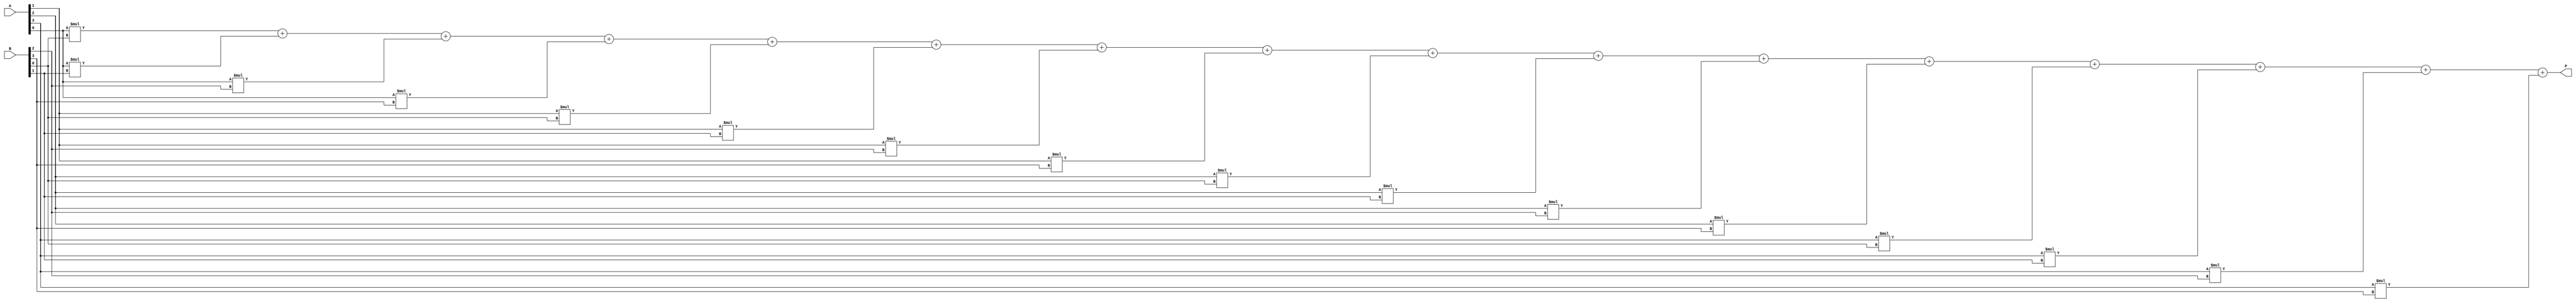
module ArrayMultiplier (
    input wire [7:0] A,
    input wire [7:0] B,
    output reg [15:0] P
);

reg [7:0] multiply_values [3:0][3:0];

integer i, j;

always @(*) begin
    for (i = 0; i < 4; i = i + 1) begin
        for (j = 0; j < 4; j = j + 1) begin
            multiply_values[i][j] = A[i] * B[j];
        end
    end
end

assign P = multiply_values[0][0] + multiply_values[0][1] + multiply_values[0][2] + multiply_values[0][3]
          + multiply_values[1][0] + multiply_values[1][1] + multiply_values[1][2] + multiply_values[1][3]
          + multiply_values[2][0] + multiply_values[2][1] + multiply_values[2][2] + multiply_values[2][3]
          + multiply_values[3][0] + multiply_values[3][1] + multiply_values[3][2] + multiply_values[3][3];

endmodule